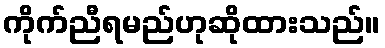
ကိုက်ညီရမည်ဟုဆိုထားသည်။